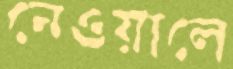
নেওয়ালে